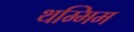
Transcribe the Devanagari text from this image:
थम्मिम